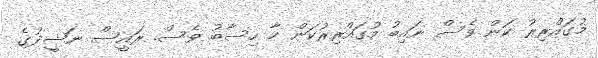
މުގައްރިރު ކަން ވެސް ނައިބު މުގައްރިރުކަން ހާ ހިސާބު ވެސް. ރައީސް ނަޝީދުގެ